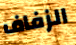
الزفاف